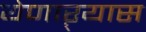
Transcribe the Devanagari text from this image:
येणाऱ्यास